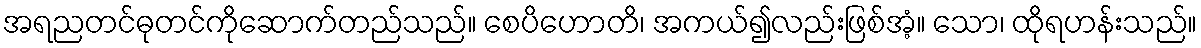
အရညတင်ဓုတင်ကိုဆောက်တည်သည်။ စေပိဟောတိ၊ အကယ်၍လည်းဖြစ်အံ့။ သော၊ ထိုရဟန်းသည်။